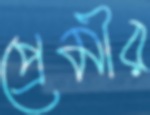
প্রেমীর